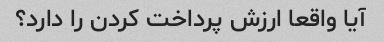
آیا واقعا ارزش پرداخت کردن را دارد؟